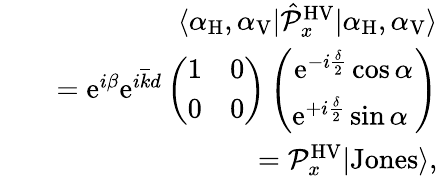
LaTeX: \begin{array}{rlr}&{}&{\langle\alpha_{\mathrm{H}},\alpha_{\mathrm{V}}|\hat{\mathcal P}_{x}^{\mathrm{HV}}|\alpha_{\mathrm{H}},\alpha_{\mathrm{V}}\rangle}\\ &{}&{=\mathrm{e}^{i\beta}\mathrm{e}^{i\overline{{k}}d}\left(\begin{array}{cc}{1}&{0}\\ {0}&{0}\end{array}\right)\left(\begin{array}{c}{\mathrm{e}^{-i\frac{\delta}{2}}\cos\alpha}\\ {\mathrm{e}^{+i\frac{\delta}{2}}\sin\alpha\ }\end{array}\right)}\\ &{}&{={\mathcal P}_{x}^{\mathrm{HV}}|\mathrm{Jones}\rangle,}\end{array}